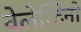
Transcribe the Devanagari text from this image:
वेलेन्टिनो